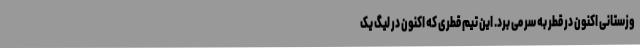
وزستانی اکنون در قطر به سر می برد. این تیم قطری که اکنون در لیگ یک